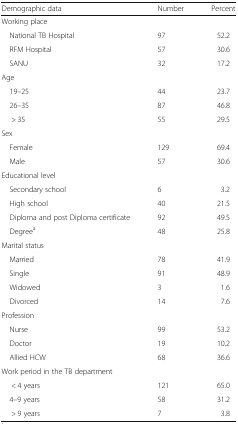
<table><thead><tr><td><b>Demographic data</b></td><td><b>Number</b></td><td><b>Percent</b></td></tr></thead><tbody><tr><td colspan="3">Working place</td></tr><tr><td> National TB Hospital</td><td>97</td><td>52.2</td></tr><tr><td> RFM Hospital</td><td>57</td><td>30.6</td></tr><tr><td> SANU</td><td>32</td><td>17.2</td></tr><tr><td colspan="3">Age</td></tr><tr><td> 19–25</td><td>44</td><td>23.7</td></tr><tr><td> 26–35</td><td>87</td><td>46.8</td></tr><tr><td>&gt; 35</td><td>55</td><td>29.5</td></tr><tr><td colspan="3">Sex</td></tr><tr><td> Female</td><td>129</td><td>69.4</td></tr><tr><td> Male</td><td>57</td><td>30.6</td></tr><tr><td colspan="3">Educational level</td></tr><tr><td> Secondary school</td><td>6</td><td>3.2</td></tr><tr><td> High school</td><td>40</td><td>21.5</td></tr><tr><td> Diploma and post Diploma certificate</td><td>92</td><td>49.5</td></tr><tr><td> Degree<sup>a</sup></td><td>48</td><td>25.8</td></tr><tr><td colspan="3">Marital status</td></tr><tr><td> Married</td><td>78</td><td>41.9</td></tr><tr><td> Single</td><td>91</td><td>48.9</td></tr><tr><td> Widowed</td><td>3</td><td>1.6</td></tr><tr><td> Divorced</td><td>14</td><td>7.6</td></tr><tr><td colspan="3">Profession</td></tr><tr><td> Nurse</td><td>99</td><td>53.2</td></tr><tr><td> Doctor</td><td>19</td><td>10.2</td></tr><tr><td> Allied HCW</td><td>68</td><td>36.6</td></tr><tr><td colspan="3">Work period in the TB department</td></tr><tr><td>&lt; 4 years</td><td>121</td><td>65.0</td></tr><tr><td> 4–9 years</td><td>58</td><td>31.2</td></tr><tr><td>&gt; 9 years</td><td>7</td><td>3.8</td></tr></tbody></table>